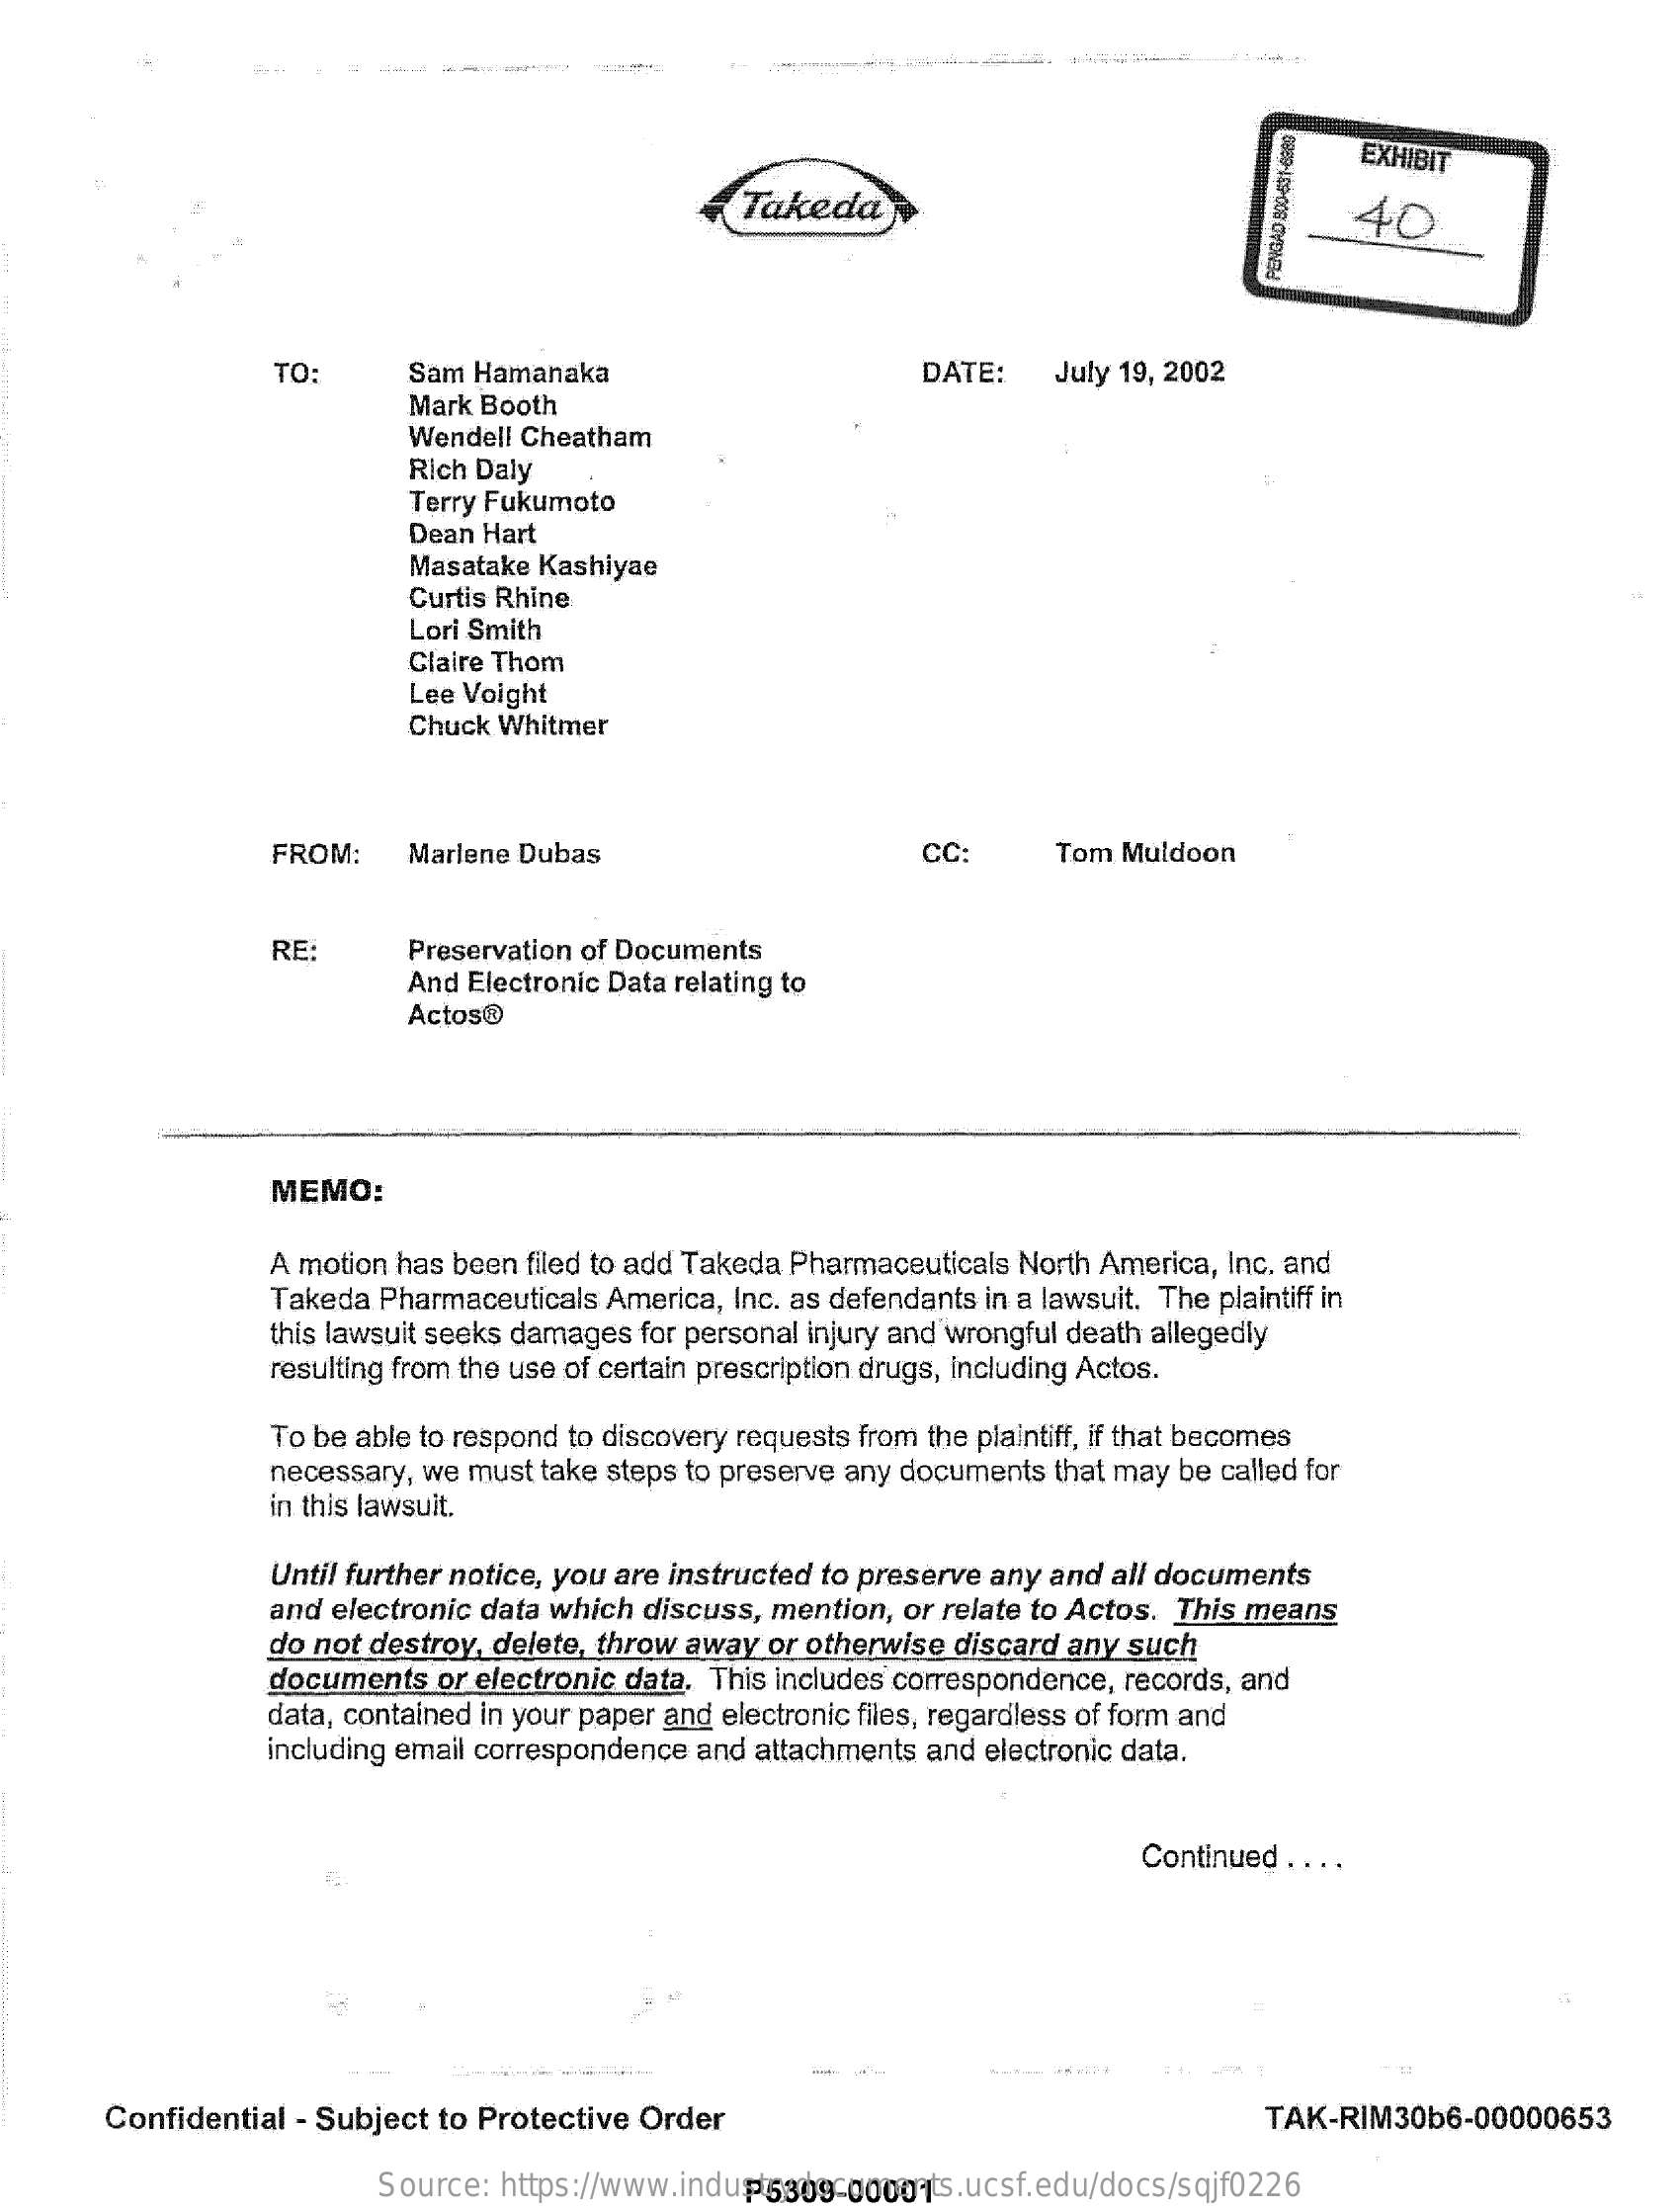
EXHIBIT
     Takeda    40
     TO:    Sam  Hamanaka    DATE:
     Mark Booth
     July 19, 2002
     Wendell  Cheatham
     Rich Daly
     Terry Fukumoto
     Dean  Hart
     Masatake  Kashiyae
     Curtis Rhine
     Lori Smith
     Claire Thom
     Lee Voight
     Chuck  Whitmer
     FROM:    Marlene Dubas    CC:    Tom  Muldoon
     RE:    Preservation of Documents
     And Electronic Data relating to
     Actos®
     MEMO:
     A motion has been  filed to add Takeda Pharmaceuticals  North  America, Inc. and
     Takeda  Pharmaceuticals  America,  Inc. as defendants in a lawsuit. The plaintiff in
     this lawsuit seeks damages  for personal injury and wrongful death allegedly
     resulting from the use of certain prescription drugs, including Actos.
     To be able to respond to discovery requests from the plaintiff, if that becomes
     necessary, we must  take steps to preserve any documents   that may  be called for
     in this lawsuit.
     Until further notice, you are instructed to preserve  any  and all documents
     and electronic data  which  discuss, mention,   or relate to Actos. This  means
     do not destroy, delete, throw  away  or otherwise  discard  any  such
     documents   or electronic  data. This includes correspondence,  records, and
     data, contained in your paper and  electronic files, regardless of form and
     including email correspondence  and attachments  and  electronic data.
     Continued  . . . .
     Confidential   - Subject to Protective  Order    TAK-RIM30b6-00000653
     Source:   https://www.industrydocuments.ucsf.edu/docs/sqjf0226 P5309-00001